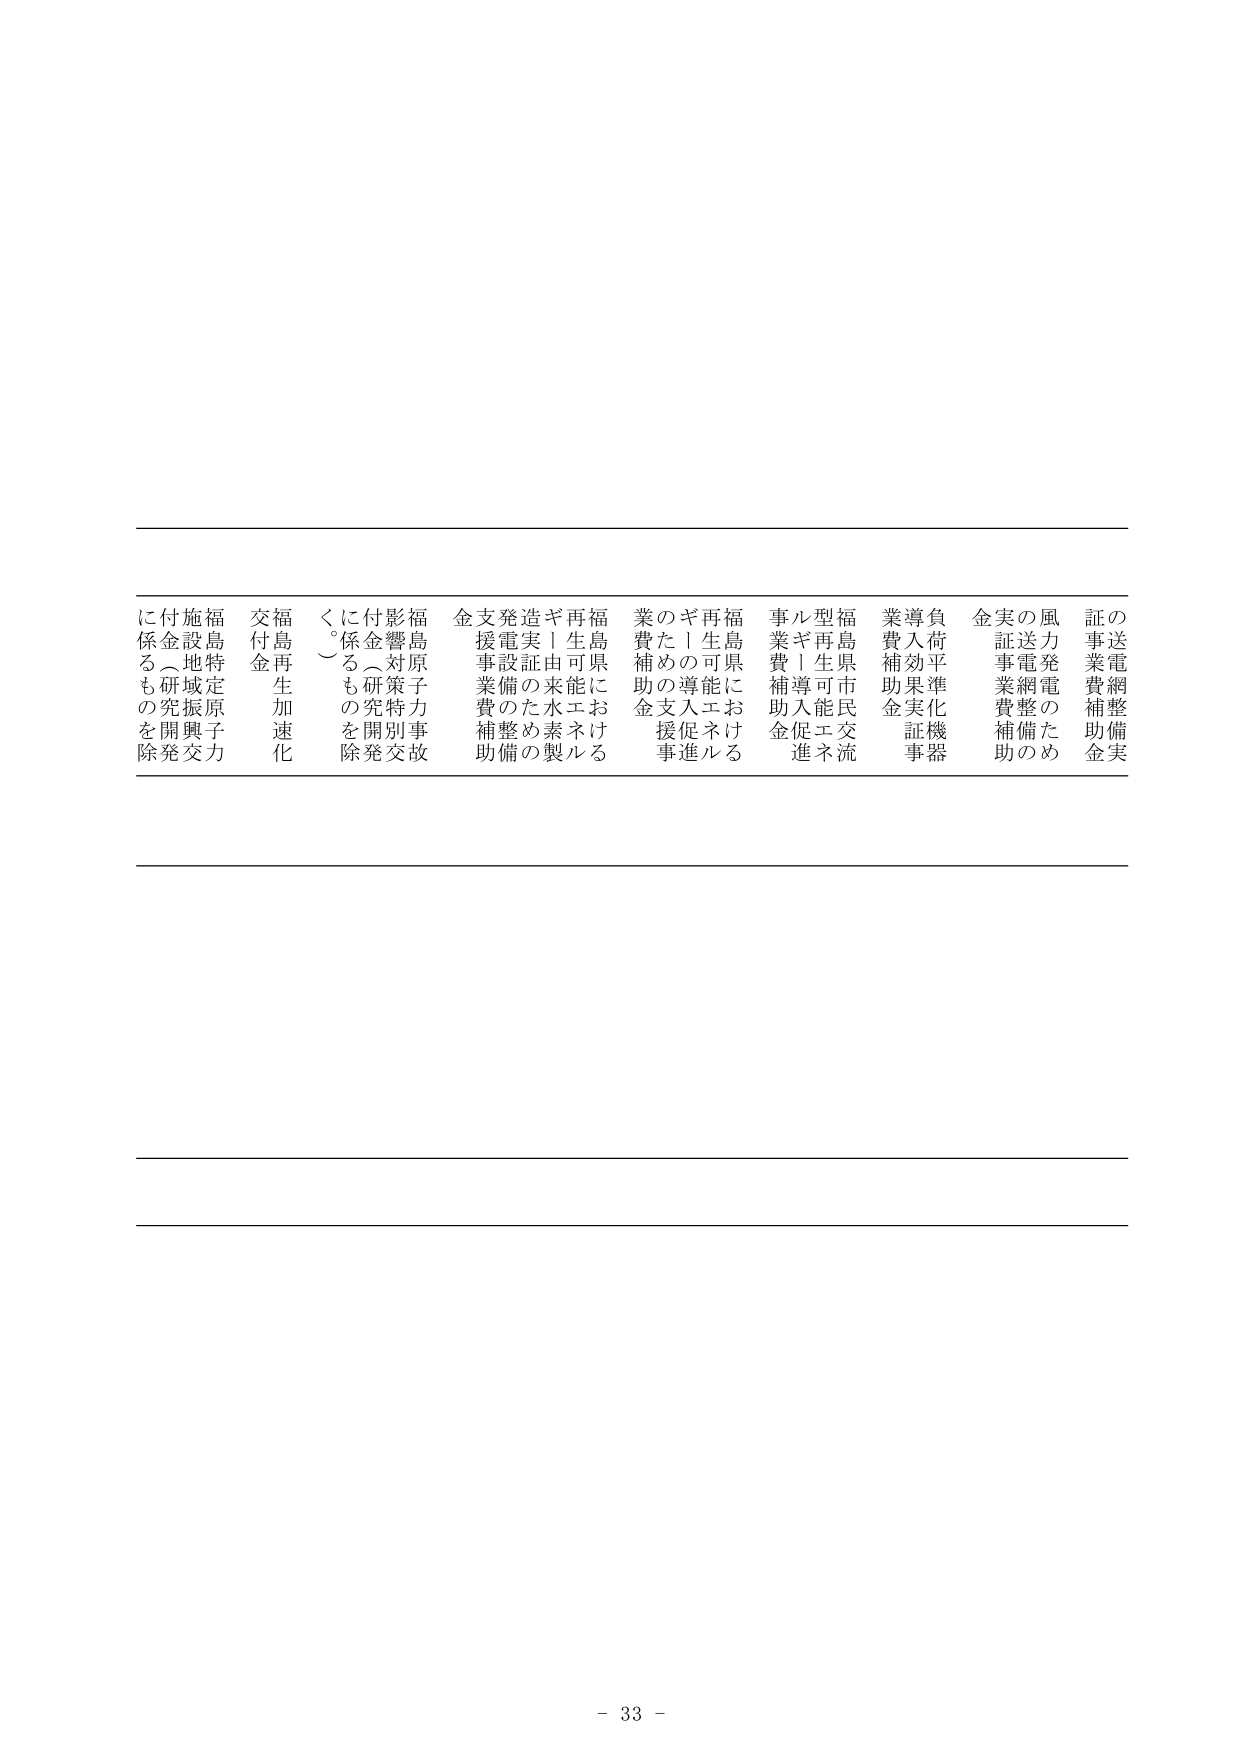
の送電網整備実証事業費補助金
風力発電のための送電網整備実証事業費補助金
負荷平準化機器導入助成事業費補助金
福島県市民交流型再生可能エネルギー導入促進事業費補助金
福島県における再生可能エネルギーの導入促進事業費補助金
福島県における再生可能エネルギーの導入促進事業費補助金
ギリシャ由来水素製造実証のための電気設備整備支援事業費補助金
福島原子力事故影響対策特別研究開発に係るもの除く
福島再生加速化交付金
福島特定原子力施設地域振興交付金
付金（研究開発に係るものを除く）

- 33 -